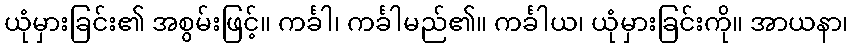
ယုံမှားခြင်း၏ အစွမ်းဖြင့်။ ကင်္ခါ၊ ကင်္ခါမည်၏။ ကင်္ခါယ၊ ယုံမှားခြင်းကို။ အာယနာ၊